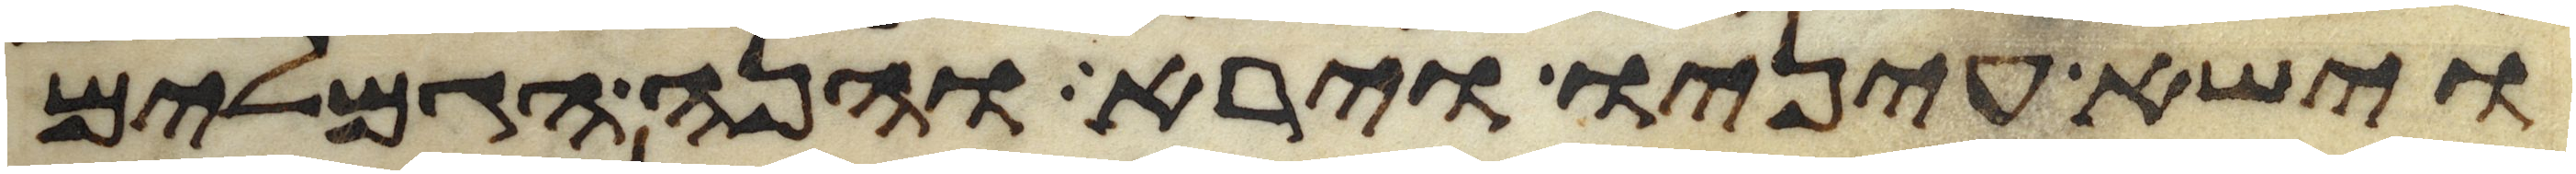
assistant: וישא עיניו וירא והנה הגמלים